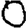
Digit: 0